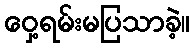
ဝှေ့ရမ်းမပြသာခဲ့။